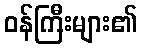
ဝန်ကြီးများ၏